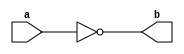
module IDN_NR_VHKW (b,a);
   input a;
   output b;
   function my_function;
      input in;
      reg unused;
      my_function = ~in;
   endfunction
   assign b = my_function(a);
endmodule